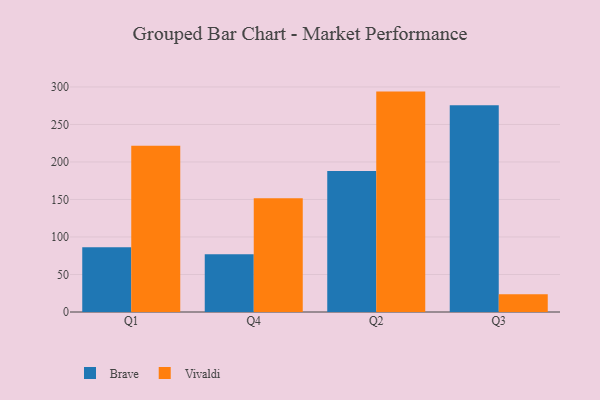
{"axis": {"x": "Quarter", "y": "Satisfaction Score"}, "legend": ["Brave", "Vivaldi"], "data": [{"x": "Q1", "y": 86.4, "type": "Brave"}, {"x": "Q1", "y": 221.6, "type": "Vivaldi"}, {"x": "Q4", "y": 77.0, "type": "Brave"}, {"x": "Q4", "y": 151.5, "type": "Vivaldi"}, {"x": "Q2", "y": 187.8, "type": "Brave"}, {"x": "Q2", "y": 293.8, "type": "Vivaldi"}, {"x": "Q3", "y": 275.7, "type": "Brave"}, {"x": "Q3", "y": 23.8, "type": "Vivaldi"}]}